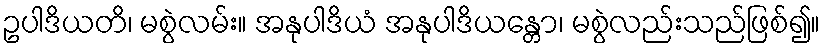
ဥပါဒိယတိ၊ မစွဲလမ်း။ အနုပါဒိယံ အနုပါဒိယန္တော၊ မစွဲလည်းသည်ဖြစ်၍။